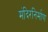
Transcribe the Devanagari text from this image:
मंदिरनिर्माण